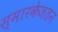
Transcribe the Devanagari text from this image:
स्मारकेजतन